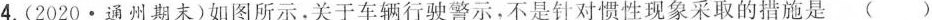
4.(2020·通州期末)如图所示，关于车辆行驶警示，不是针对惯性现象采取的措施是()